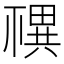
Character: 𥛴